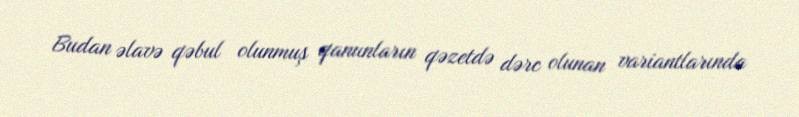
Budan əlavə qəbul olunmuş qanunların qəzetdə dərc olunan variantlarında